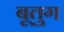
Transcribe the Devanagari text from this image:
बूतुग